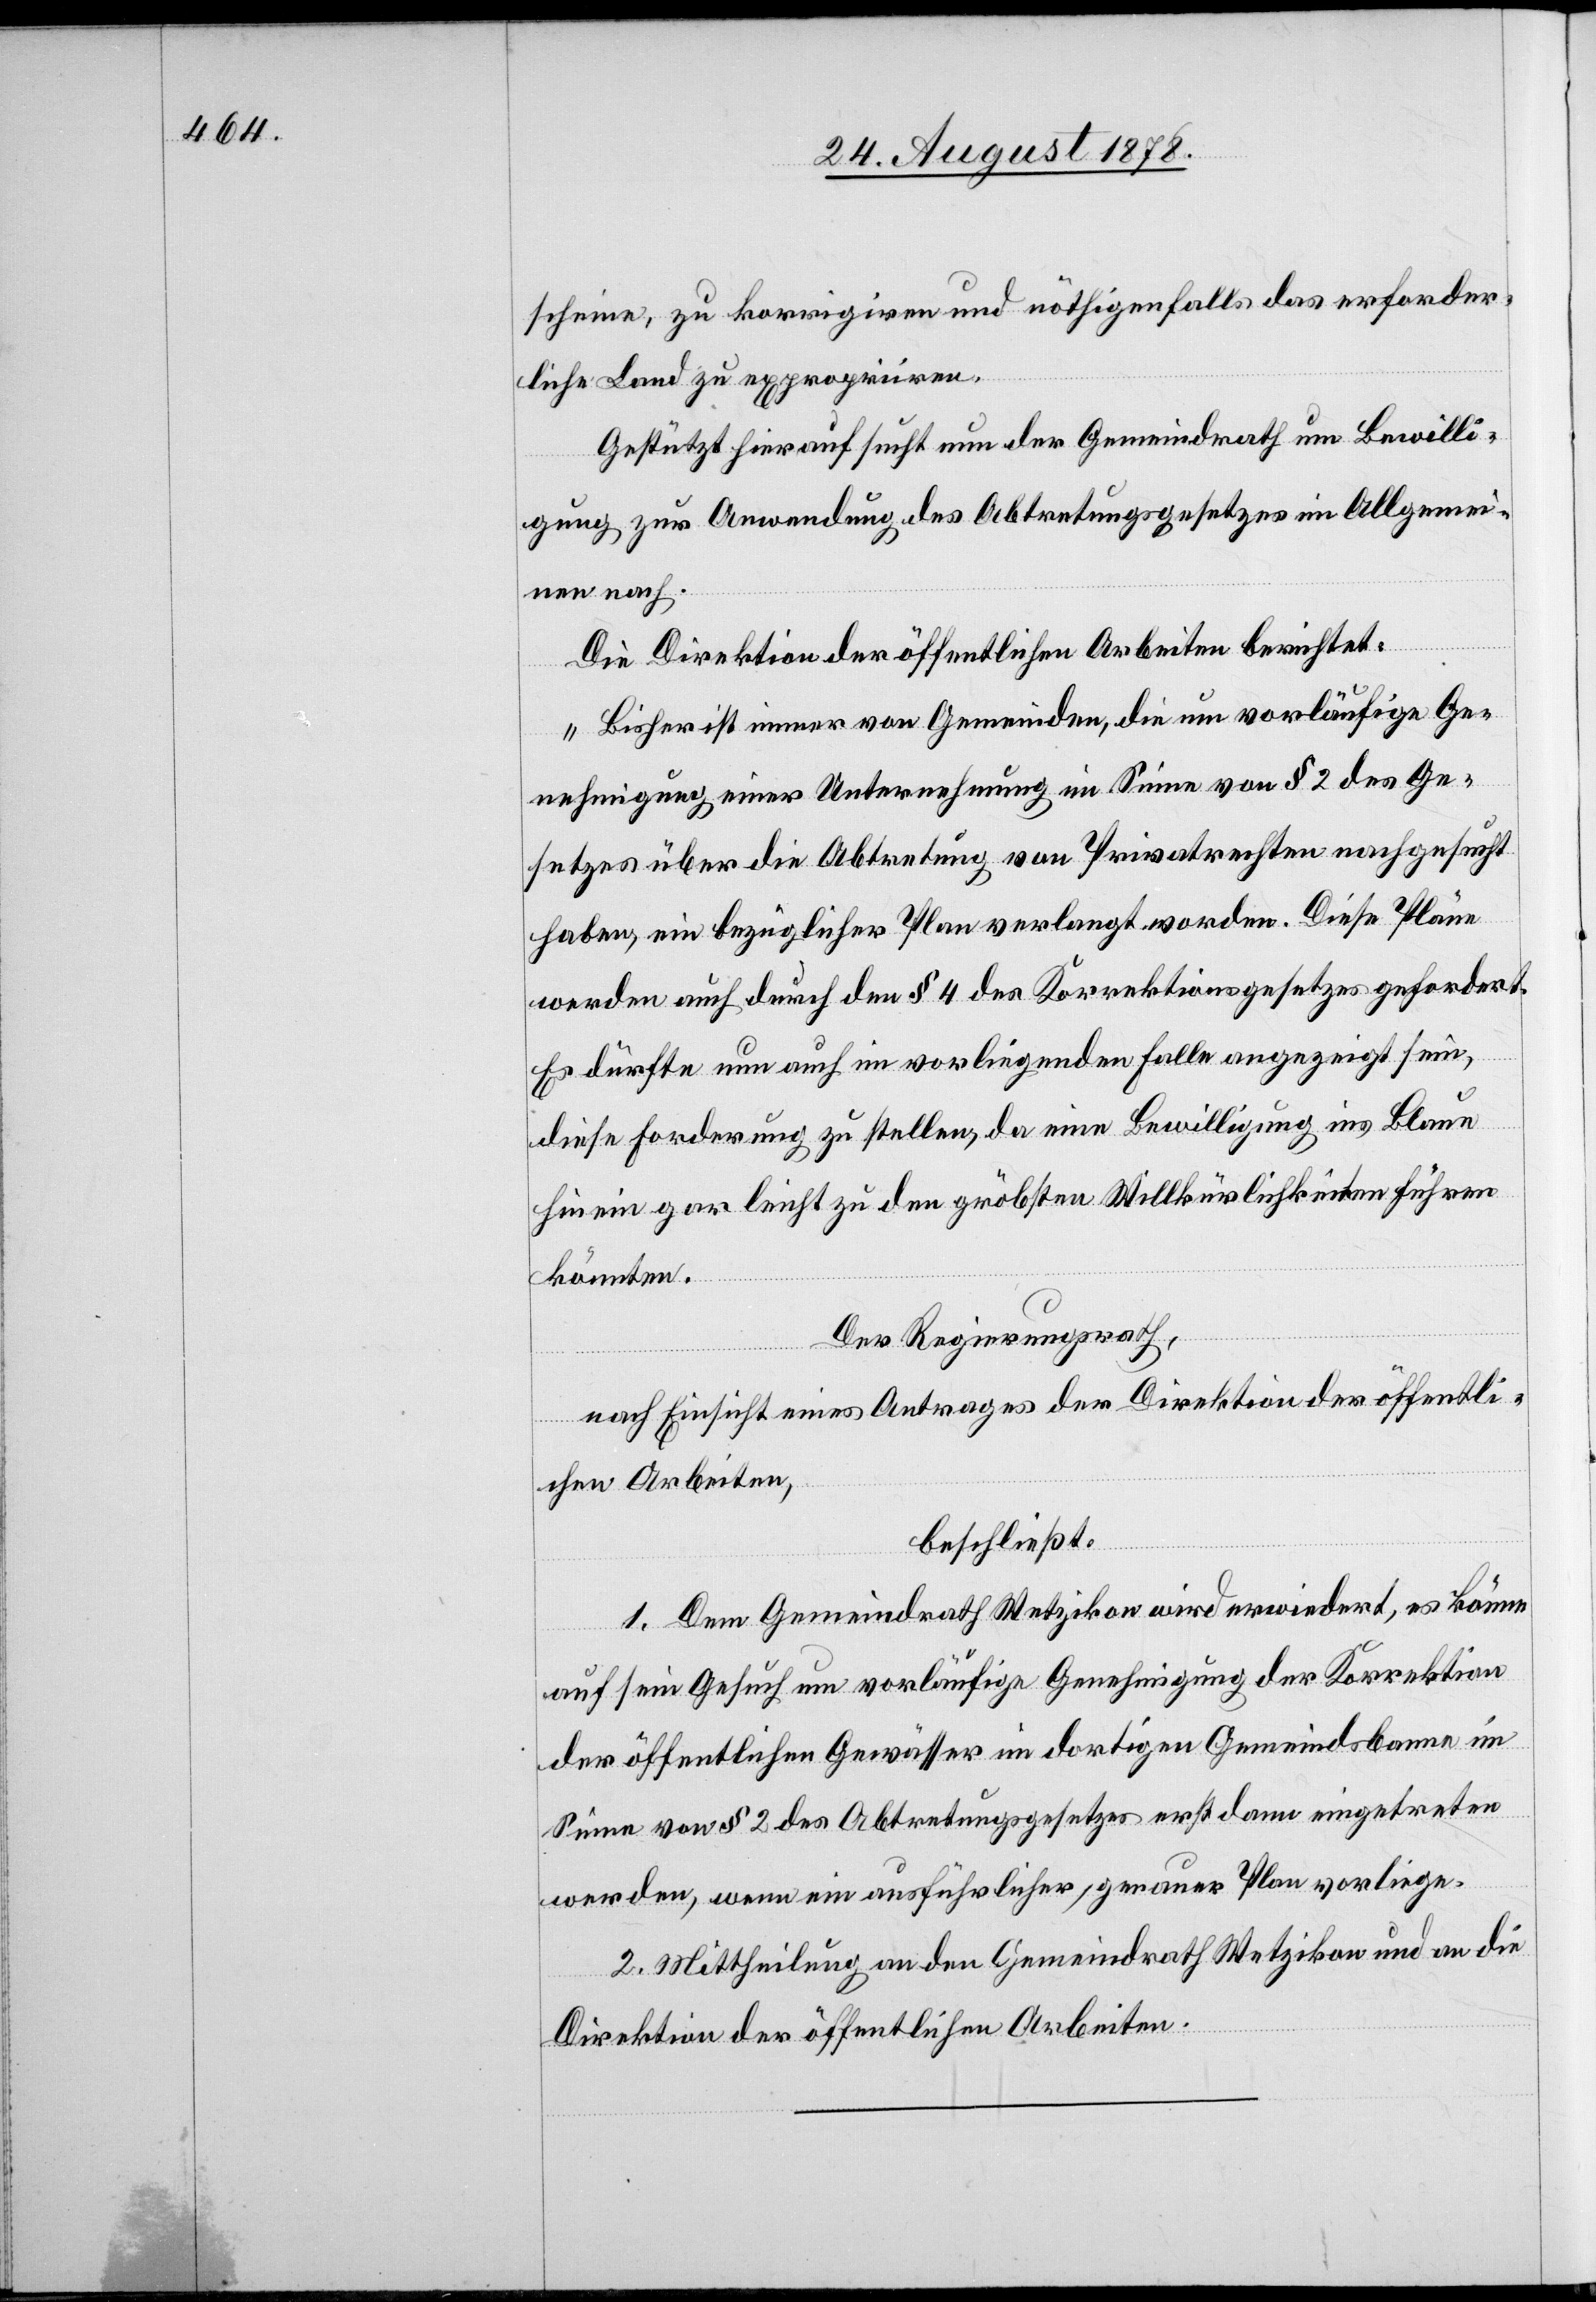
scheine, zu korrigiren und nöthigenfalls das erforder¬
liche Land zu expropriren.
Gestützt hierauf sucht nun der Gemeindrath um Bewilli¬
gung zur Anwendung des Abtretungsgesetzes im Allgemei¬
nen nach.
Die Direktion der öffentlichen Arbeiten berichtet:
„Bisher ist immer von Gemeinden, die um vorläufige Ge¬
nehmigung einer Unternehmung im Sinne von § 2 des Ge¬
setzes über die Abtretung von Privatrechten nachgesucht
haben, ein bezüglicher Plan verlangt worden. Diese Pläne
werden auch durch den § 4 des Korrektionsgesetzes gefordert.
Es dürfte nun auch im vorliegenden Falle angezeigt sein,
diese Forderung zu stellen, da eine Bewilligung ins Blaue
hinein gar leicht zu den gröbsten Willkürlichkeiten führen
könnten.“
Der Regierungsrath,
nach Einsicht eines Antrages der Direktion der öffentli¬
chen Arbeiten,
beschließt:
1. Dem Gemeindrath Wetzikon wird erwiedert, es könne
auf sein Gesuch um vorläufige Genehmigung der Korrektion
der öffentlichen Gewässer im dortigen Gemeindsbanne im
Sinne von § 2 des Abtretungsgesetzes erst dann eingetreten
werden, wenn ein ausführlicher, genauer Plan vorliege.
2. Mittheilung an den Gemeindrath Wetzikon und an die
Direktion der öffentlichen Arbeiten.